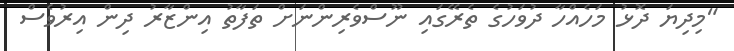
"މިދިޔަ ދޮޅު މަހެއްހާ ދުވަހުގެ ތެރޭގައި ނޫސްވެރިންނަށް ތަފާތު އިންޒާރު ދިން އިރުވެސް